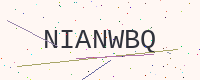
Text: NIANWBQ